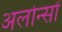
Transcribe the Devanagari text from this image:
अलोन्सों